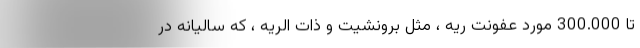
تا 300.000 مورد عفونت ریه ، مثل برونشیت و ذات الریه ، که سالیانه در